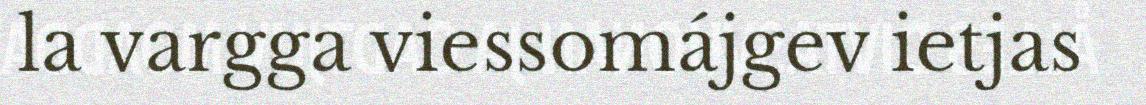
la vargga viessomájgev ietjas